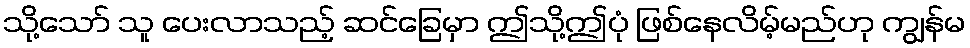
သို့သော် သူ ပေးလာသည့် ဆင်ခြေမှာ ဤသို့ဤပုံ ဖြစ်နေလိမ့်မည်ဟု ကျွန်မ